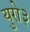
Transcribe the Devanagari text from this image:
युरो३